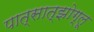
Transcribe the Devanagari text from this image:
पात्सात्झोग्लू